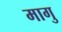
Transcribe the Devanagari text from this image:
मागु